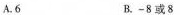
A.6 B.-8或8